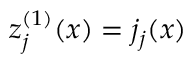
z _ { j } ^ { ( 1 ) } ( x ) = j _ { j } ( x )